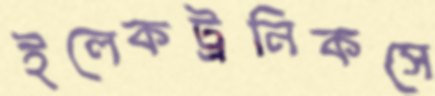
ইলেকট্রনিকসে